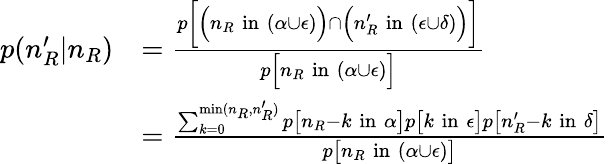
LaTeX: \begin{array}{rl}{p(n_{R}^{\prime}|n_{R})}&{=\frac{p\bigg[\Big(n_{R}\; \mathrm{in}\; (\alpha\cup\epsilon)\Big)\cap\Big(n_{R}^{\prime}\; \mathrm{in}\; (\epsilon\cup\delta)\Big)\bigg]}{p\Big[n_{R}\; \mathrm{in}\; (\alpha\cup\epsilon)\Big]}}\\ &{=\frac{\sum_{k=0}^{\operatorname*{min}(n_{R},n_{R}^{\prime})}p\big[n_{R}-k\; \mathrm{in}\; \alpha\big]p\big[k\; \mathrm{in}\; \epsilon\big]p\big[n_{R}^{\prime}-k\; \mathrm{in}\; \delta\big]}{p\big[n_{R}\; \mathrm{in}\; (\alpha\cup\epsilon)\big]}}\end{array}